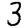
Digit: 3